Vaccination report Assam 1896-1927 - 1896-1927
Year: 1896
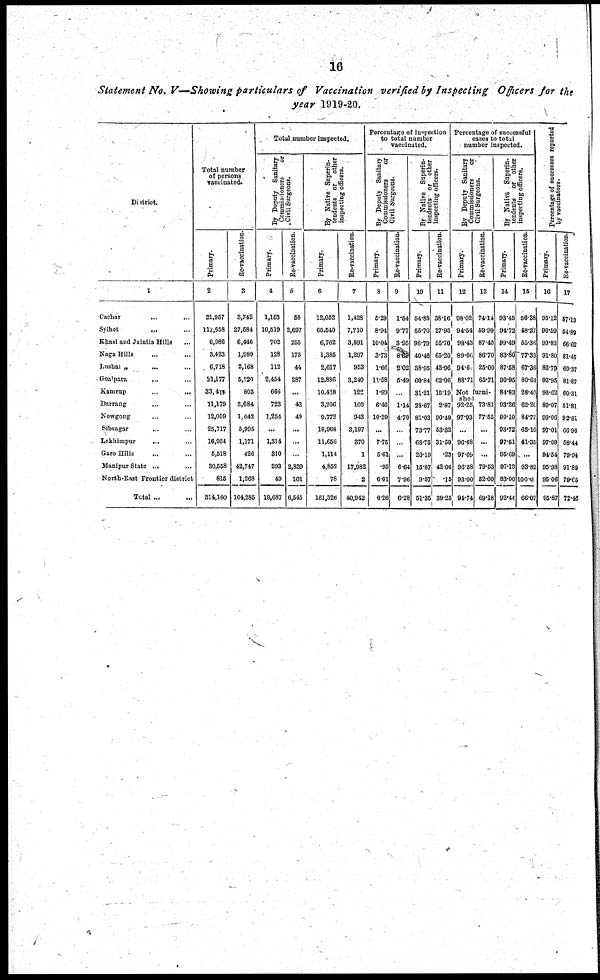
16
Statement No. V—Showing particulars of Vaccination verified by Inspecting Officers for the
year 1919-20.
District.
1
Cachar
...
...
Sylhet
... ...
Khasi and Jaintia Hills
...
Naga Hills ... ...
Lushai „
... ...
Goalpara ... ...
Kamrup
...
...
Darrang
...
...
Nowgong ... ...
Sibsagar ... ...
Lakhimpur
... ...
Garo Hills ... ...
Manipur State ... ...
North-East Frontier district
Total ... ...
Total number
of persons
vaccinated.
Primary.
2
21,957
117,558
6,986
3,423
6,718
2l,177
33,417
11,170
12,059
25,717
16,954
5,518
30,558
815
314,160
Re-vaccination.
3
3,742
27,584
6,446
1,989
2,168
5,220
803
3,684
1,042
5,995
1,171
426
42,747
1,268
104,285
Total number inspected.
By Deputy Sanitary
Commissioners
or
Civil Surgeons.
Primary.
4
1,163
10,519
702
128
112
2,454
666
723
1,254
...
1,314
310
293
49
19,687
Re-vaccination.
5
58
2,697
255
173
44
287
...
42
49
...
...
...
2,839
101
6,545
By Native Superin-
tendents or other
inspecting officers.
Primary.
6
12,052
65,540
6,762
1,385
2,617
12.886
10,438
3,206
9,772
18,968
11,656
1,114
4,852
78
161,326
Re-vaccination.
7
1,428
7,710
3,591
1,297
953
3,240
122
106
943
3,197
370
1
17,982
2
40,942
Percentage of inspection
to total number
vaccinated.
By Deputy Sanitary
Commissioners
or
Civil Surgeons.
Primary.
8
5.29
8.94
10.04
3.73
1.66
11.58
1.99
6.46
10.39
...
7.75
5.61
.95
6.01
6.26
Re-vaccination.
9
1.54
9.77
3.05
8.69
2.02
5.49
...
1.14
4.70
...
...
...
6.64
7.96
6.28
By Native Superin-
tendents or other
inspecting officers.
Primary.
10
54.88
55.70
96.79
40.46
38.95
60.84
31.21
28.67
81.03
73.77
68.75
20.19
15.87
9.67
51.35
Re-vaccination.
11
38.16
27.95
55.70
65.20
43.96
62.06
15.19
2.87
90.49
53.32
31.59
.23
42.06
.15
89.25
Percentage of successful
cases to total
number inspected.
By Deputy Sanitary
Commissioners
or
Civil Surgeons.
Primary.
12
08.02
94.64
98.43
89.06
94.6
88.71
Re-vaccination.
13
74.14
59.99
87.45
86.70
25.00
65.71
Not furni¬
shed
92.25
97.93
...
96.68
97.09
96.58
93.00
94.74
73.81
77.55
...
...
...
79.53
52.00
69.18
By Native Superin-
tendents or other
inspecting officers.
Primary.
14
93.45
94.72
99.49
83.80
87.58
90.95
84.83
93.26
99.10
93.72
97.61
95.69
97.13
83.00
92.44
Re-vaccination.
15
56.38
48.27
55.36
77.33
67.36
80.64
28.40
62.20
84.72
63.10
41.35
...
93.82
100.0
66.07
Percentage of successes reported
by vaccinators.
Primary.
16
95.12
96.59
99.83
91.80
86.79
92.95
96.62
89.07
99.06
97.01
97.09
94.54
95.98
95.06
95.87
Re-vaccination.
17
57.10
54.89
66.62
81.45
69.37
81.87
60.31
51.81
92.81
66.96
58.44
79.94
91.89
79.65
72.46